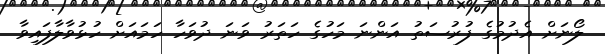
ލޯނަށް އެދުމުގެ ފުރުސަތު އަންނަ މަހުގެ ހަތަރު ވަނަ ދުވަހާ ހަމައަށް ހުޅުވާލާފައިވާ